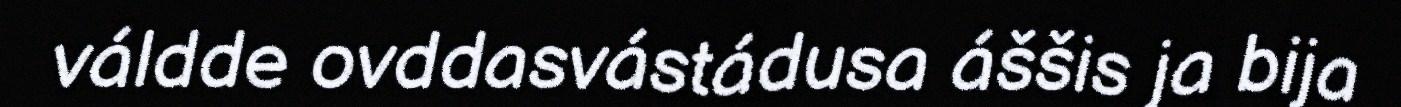
váldde ovddasvástádusa áššis ja bija